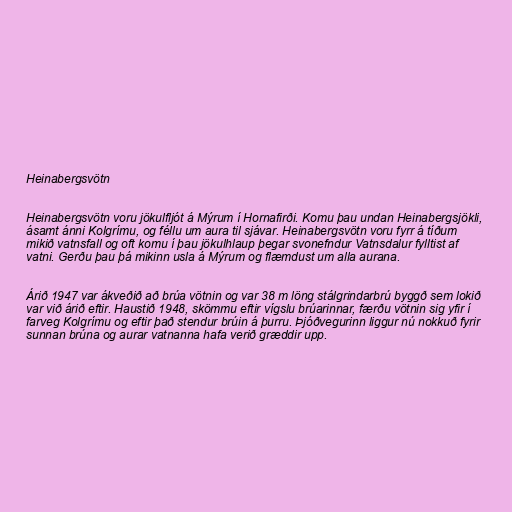
Heinabergsvötn

Heinabergsvötn voru jökulfljót á Mýrum í Hornafirði. Komu þau undan Heinabergsjökli,
ásamt ánni Kolgrímu, og féllu um aura til sjávar. Heinabergsvötn voru fyrr á tíðum
mikið vatnsfall og oft komu í þau jökulhlaup þegar svonefndur Vatnsdalur fylltist af
vatni. Gerðu þau þá mikinn usla á Mýrum og flæmdust um alla aurana.

Árið 1947 var ákveðið að brúa vötnin og var 38 m löng stálgrindarbrú byggð sem lokið
var við árið eftir. Haustið 1948, skömmu eftir vígslu brúarinnar, færðu vötnin sig yfir í
farveg Kolgrímu og eftir það stendur brúin á þurru. Þjóðvegurinn liggur nú nokkuð fyrir
sunnan brúna og aurar vatnanna hafa verið græddir upp.